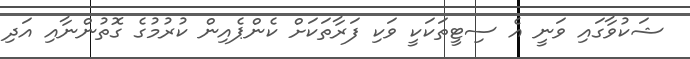
ޝަކުވާގައި ވަނީ އެ ސިޓީތަކަކީ ވަކި ފަރާތަކަށް ކެންޕެއިން ކުރުމުގެ ގޮތުންނާއި އަދި